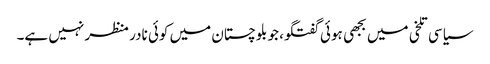
سیاسی تلخی میں بجھی ہوئی گفتگو، جو بلوچستان میں کوئی نادر منظر نہیں ہے۔